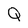
Character: Q